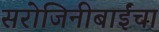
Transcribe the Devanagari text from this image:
सरोजिनीबाईंचा